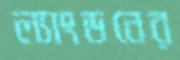
ল্যাংডনের